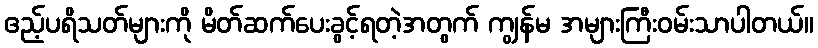
ဧည့်ပရိသတ်များကို မိတ်ဆက်ပေးခွင့်ရတဲ့အတွက် ကျွန်မ အများကြီးဝမ်းသာပါတယ်။